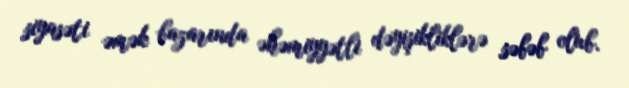
siyasəti əmək bazarında əhəmiyyətli dəyişikliklərə səbəb olub.